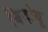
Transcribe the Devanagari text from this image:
बिदोयू